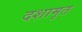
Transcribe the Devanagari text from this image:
दशामृत